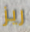
ريز